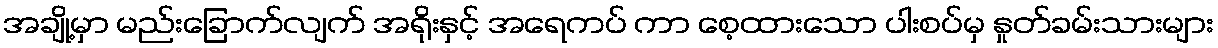
အချို့မှာ မည်းခြောက်လျက် အရိုးနှင့် အရေကပ် ကာ စေ့ထားသော ပါးစပ်မှ နှုတ်ခမ်းသားများ